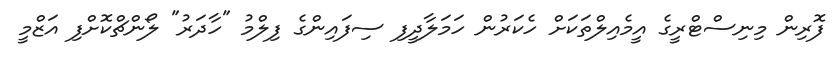
ފޮރިން މިނިސްޓްރީގެ އީމެއިލްތަކަށް ހެކަރުން ހަމަލާދީފި ސިފައިންގެ ފިލްމު "ހާދަރު" ލޯންޗްކޮށްފި އަޒްމީ